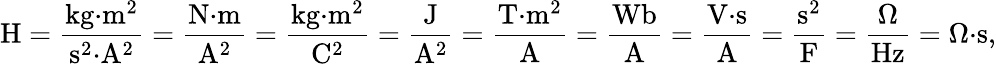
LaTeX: {\mathrm{H}}={\frac{{\mathrm{kg}}{\cdot}{\mathrm{m}}^{2}}{{\mathrm{s}}^{2}{\cdot}{\mathrm{A}}^{2}}}={\frac{{\mathrm{N}}{\cdot}{\mathrm{m}}}{{\mathrm{A}}^{2}}}={\frac{{\mathrm{kg}}{\cdot}{\mathrm{m}}^{2}}{{\mathrm{C}}^{2}}}={\frac{\mathrm{J}}{{\mathrm{A}}^{2}}}={\frac{{\mathrm{T}}{\cdot}{\mathrm{m}}^{2}}{\mathrm{A}}}={\frac{\mathrm{Wb}}{\mathrm{A}}}={\frac{{\mathrm{V}}{\cdot}{\mathrm{s}}}{\mathrm{A}}}={\frac{{\mathrm{s}}^{2}}{\mathrm{F}}}={\frac{\Omega}{\mathrm{Hz}}}=\Omega{\cdot}{\mathrm{s}},